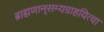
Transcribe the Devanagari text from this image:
ब्राह्मणान्‌सम्यग्राहयित्वा